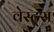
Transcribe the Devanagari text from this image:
वेस्ट्स